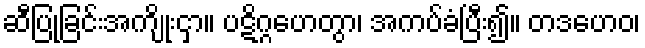
ဆီပြုခြင်းအကျိုးငှာ။ ပဋိဂ္ဂဟေတွာ၊ အကပ်ခံပြီး၍။ တဒဟေဝ၊